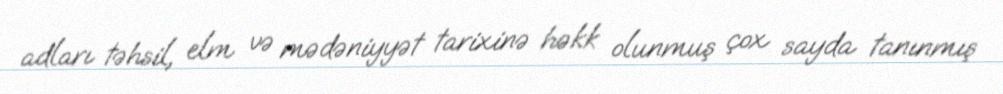
adları təhsil, elm və mədəniyyət tarixinə həkk olunmuş çox sayda tanınmış